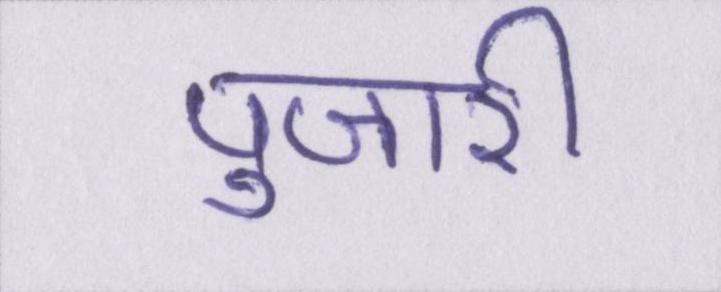
पुजारी